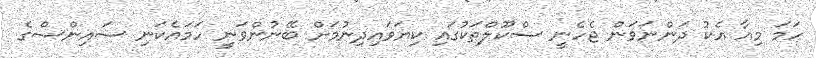
ހަމަ މިއާ އެކު ދަންނަވަން ޖެހެނީ ސްކޫލްތަކުގައި ކިޔަވައިދިނުމަށް ބޭނުންވަނީ ހަމައެކަނި ސައިންސްގެ